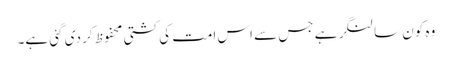
وہ کون سا لنگر ہے جس سے اس امت کی کشتی محفوظ کر دی گئی ہے۔